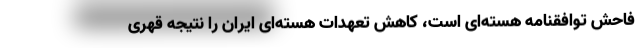
فاحش توافقنامه هسته‌ای است، کاهش تعهدات هسته‌ای ایران را نتیجه قهری